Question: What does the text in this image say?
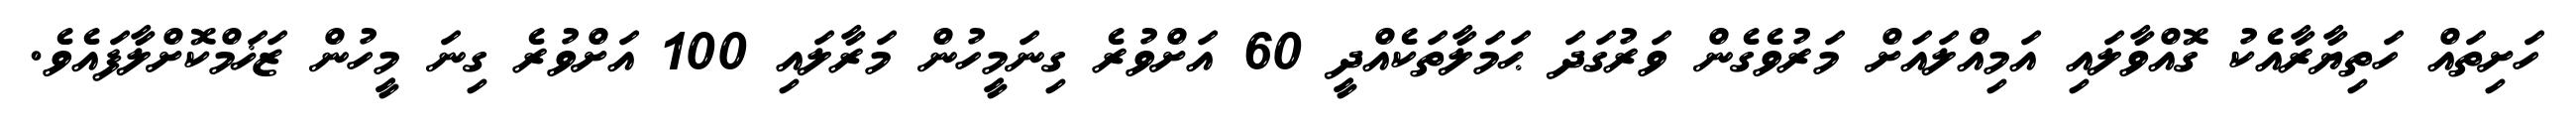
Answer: ހަށިތައް ހަތިޔާރާއެކު ގޮއްވާލައި އަމިއްލައަށް މަރުވެގެން ވަރުގަދަ ޙަމަލާތަކެއްދީ 60 އަށްވުރެ ގިނަމީހުން މަރާލައި 100 އަށްވުރެ ގިނަ މީހުން ޒަޚަމްކޮށްލާފައެވެ.